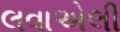
લવાએલી